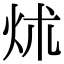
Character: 炢